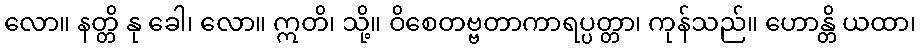
လော။ နတ္တိ နု ခေါ၊ လော။ ဣတိ၊ သို့။ ဝိစေတဗ္ဗတာကာရပ္ပတ္တာ၊ ကုန်သည်။ ဟောန္တိ ယထာ၊